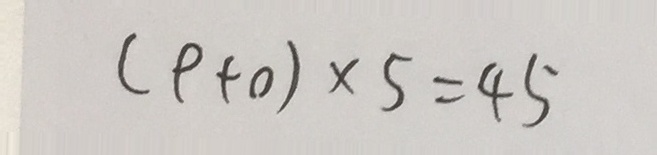
( 9 + 0 ) \times 5 = 4 5